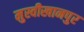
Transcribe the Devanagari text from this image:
मुस्वीखानपुर